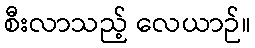
စီးလာသည့် လေယာဉ်။